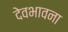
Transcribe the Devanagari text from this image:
देवभावना